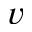
v